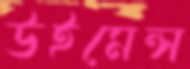
উইমেন্স